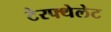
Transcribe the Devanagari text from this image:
टेरफ्थेलेट